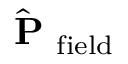
\hat { \mathrm { ~ \bf ~ P ~ } } _ { \mathrm { f i e l d } }